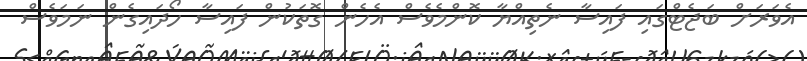
އެވަރަށް ބަޖެޓްގައި ފައިސާ ނެތިއްޔާ ކޮންމެވެސް އެހެން ގޮތަކުން ފައިސާ ހޯދައިގެން ނަމަވެސް